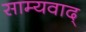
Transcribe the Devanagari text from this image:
साम्यवाद्